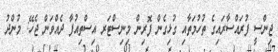
ޖިންސީ ފުރައްސާރައިގެ ތުހުމަތާއި ގުޅިގެން ފޮރިން މިނިސްޓަރ އިސްތިއުފާ ދެއްވަން ޖެހޭ: މުންދު